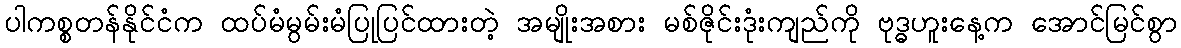
ပါကစ္စတန်နိုင်ငံက ထပ်မံမွမ်းမံပြုပြင်ထားတဲ့ အမျိုးအစား မစ်ဇိုင်းဒုံးကျည်ကို ဗုဒ္ဓဟူးနေ့က အောင်မြင်စွာ